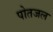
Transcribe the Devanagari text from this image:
पोतजल